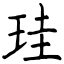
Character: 珪